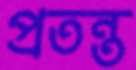
প্রতন্ত